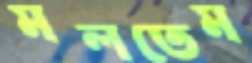
মলতেম